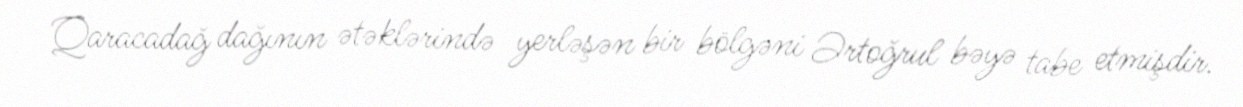
Qaracadağ dağının ətəklərində yerləşən bir bölgəni Ərtoğrul bəyə tabe etmişdir.